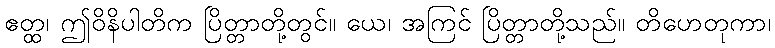
ဧတ္ထ၊ ဤဝိနိပါတိက ပြိတ္တာတို့တွင်။ ယေ၊ အကြင် ပြိတ္တာတို့သည်။ တိဟေတုကာ၊